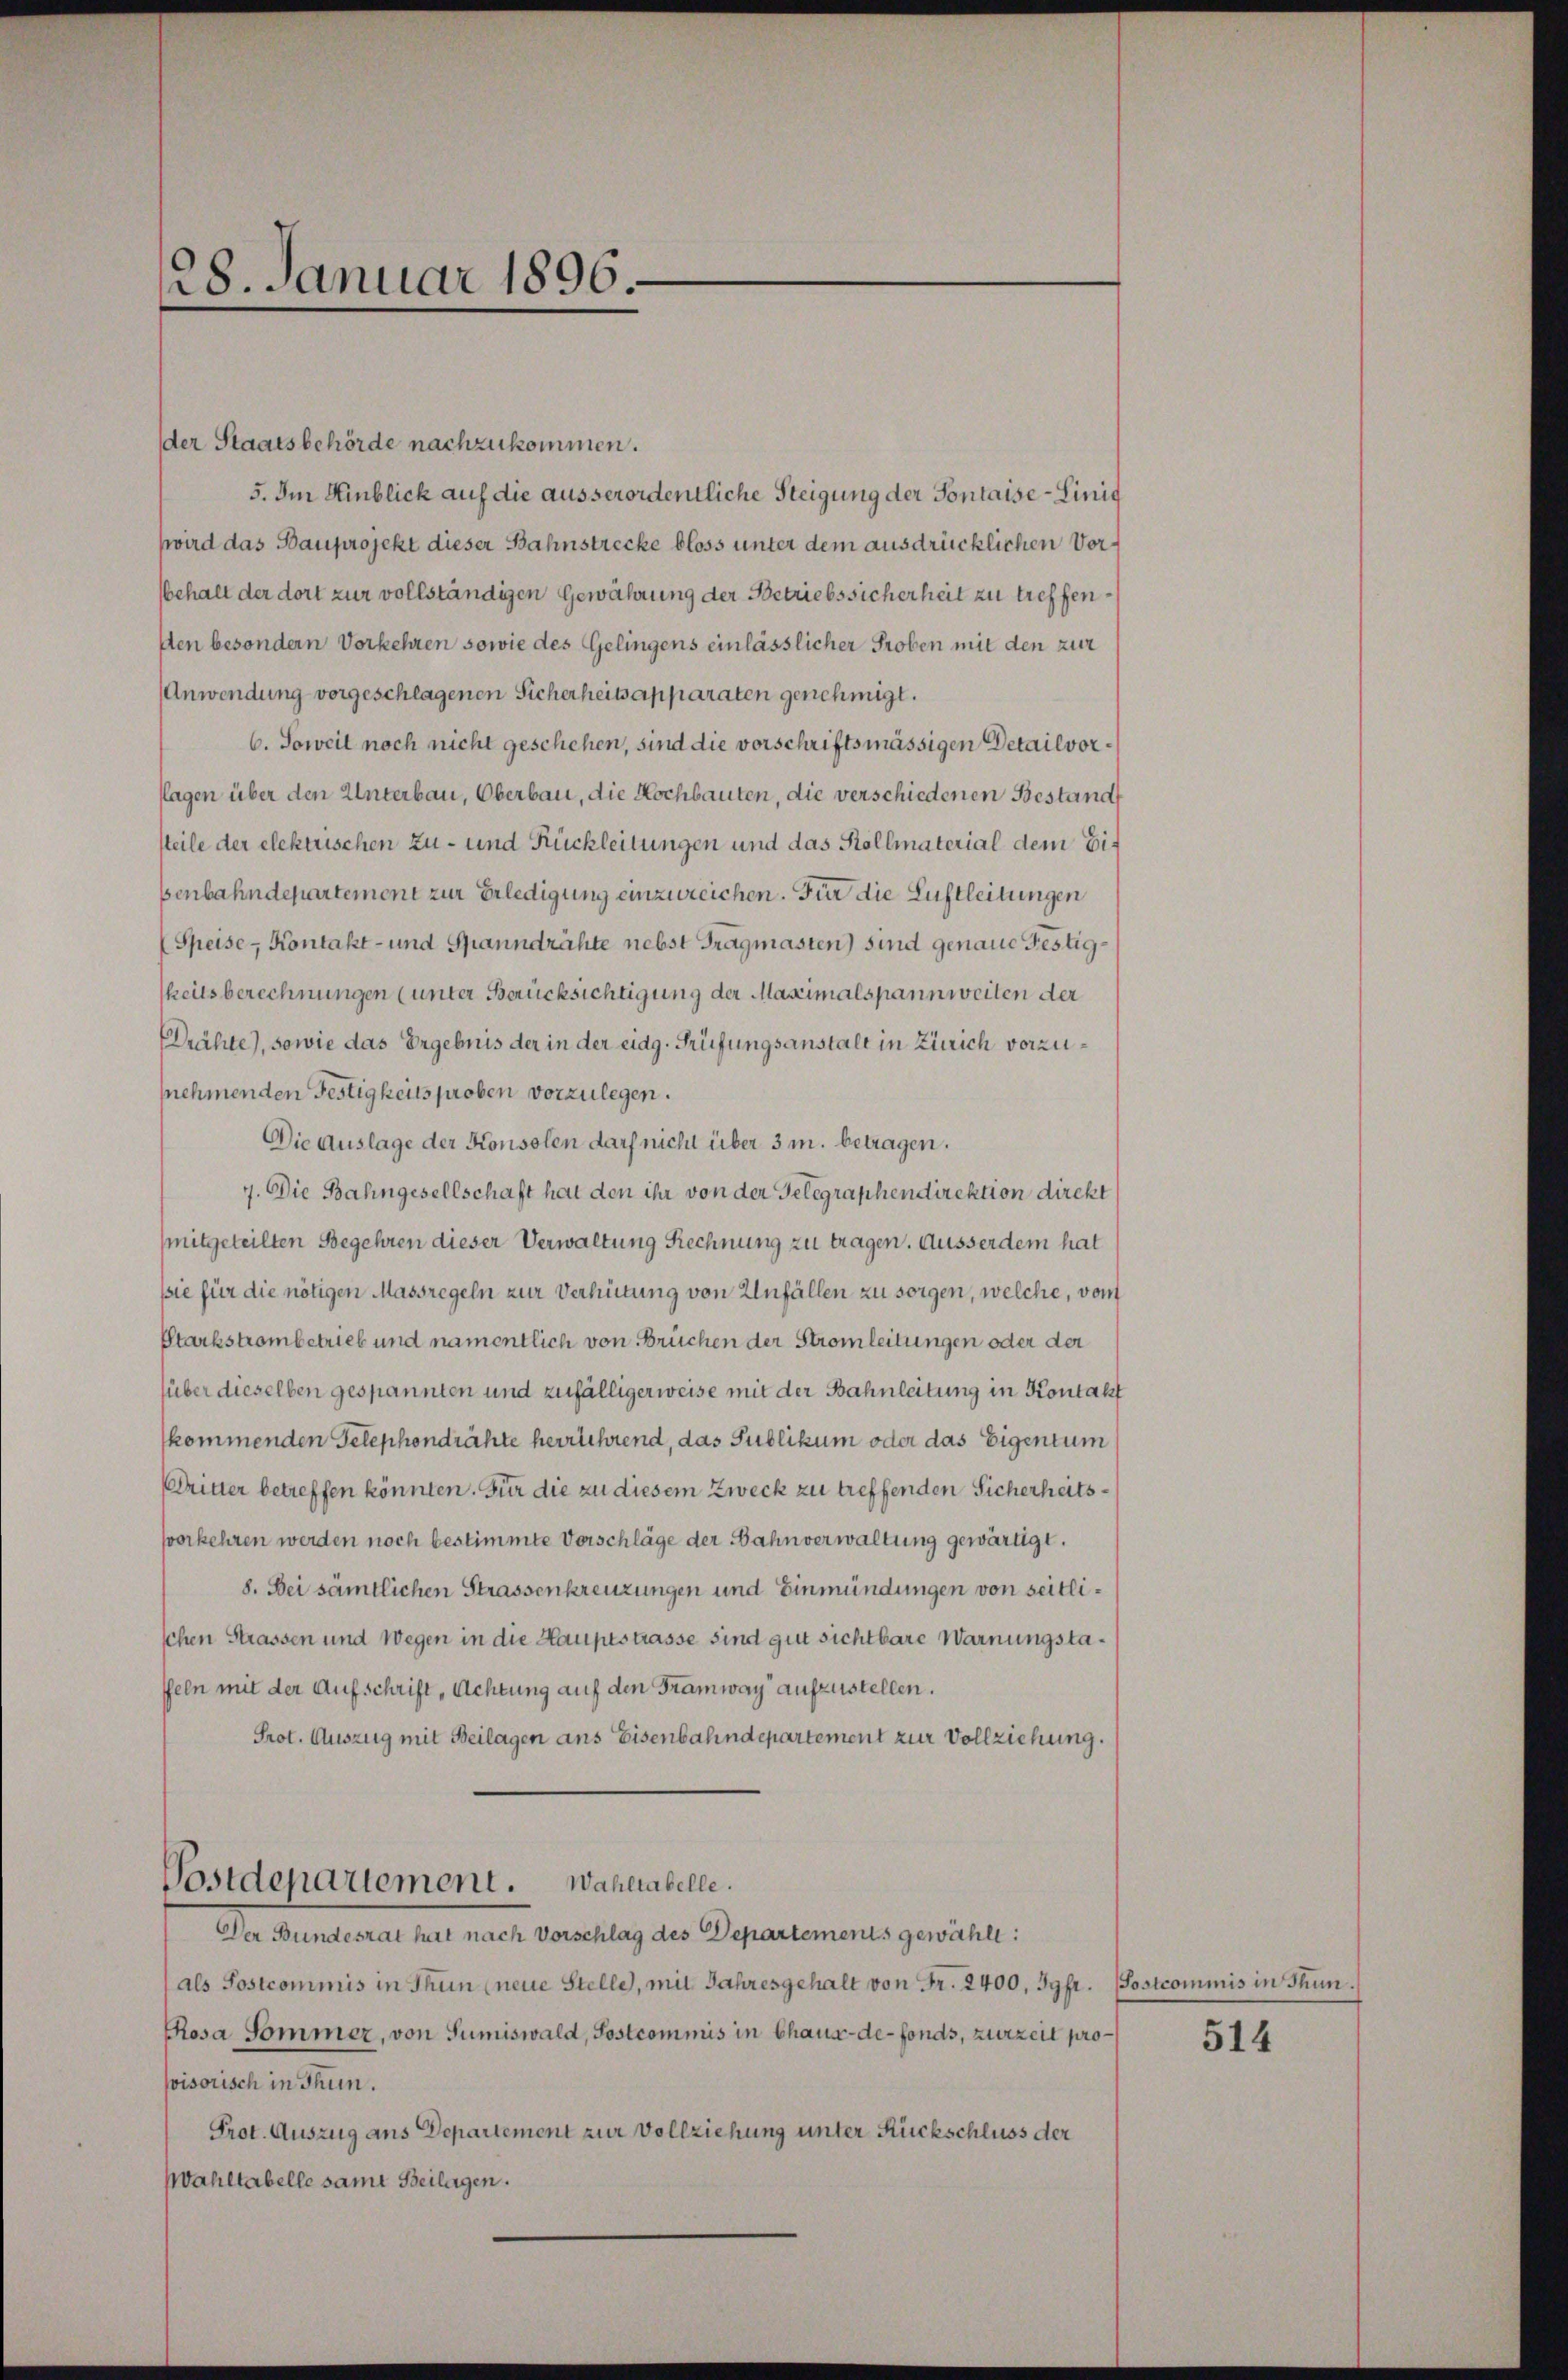
128. Januar 1896.

der Staatsbehörde nachzukommen.
5. Im Hinblick auf die ausserordentliche Steigung der Sontaise-Einig
wird das Bauprojekt dieser Bahnstrecke bloss unter dem ausdrücklichen Vorbehalt der dort zur vollständigen Gewährung der Betriebssicherheit zu treffendten besondern Vorkehren sowie des Gelingens einlässlicher Proben mit den zur
Anwendung vorgeschlagenen Sicherheits apparaten genehmigt.
6. Soweit noch nicht geschehen, sind die vorschriftsmässigen Detailvorflagen über den Unterbau, Oberbau, die Kochbauten, die verschiedenen Bestand
steile der elektrischen Zu- und Rückleitungen und das Kollmaterial dem Eibenbahndepartement zur Erledigung einzureichen. Für die Luftleitungen
(Speise- Kontakt- und Spanndrähte nebst Tragmasten) sind genaue Festigheitsberechnungen (unter Berücksichtigung der Maximalspannweiten der
Prähte), sowie das Ergebnis der in der eidg. Prüfungsanstalt in Zürich vorzunehmenden Festigkeits proben vorzulegen.
Die Auslage der Konsolen darf nicht über 3 m. betragen.
7. Die Bahngesellschaft hat den ihr von der Gelegraphendirektion direkt
mitgeteilten Begehren dieser Verwaltung Rechnung zu tragen. Ausserdem hat
sie für die nötigen Massregeln zur Verhütung von Unfällen zu sorgen, welche, vom
Starkstrombetrieb und namentlich von Brüchen der Stromleitungen oder der
über dieselben gespannten und zufälligerweise mit der Bahnleitung in Kontakt
kommenden Telephondrähte herrührend, das Publikum oder das Eigentum
ritter betreffen könnten. Für die zu diesem Zweck zu treffenden Sicherheitsvorkehren werden noch bestimmte Vorschläge der Bahnverwaltung gewärtigt.
8. Bei sämtlichen Strassenkreuzungen und Einmündungen von seitlischen Strassen und Wegen in die Hauptstrasse sind gut sichtbare Warnungstaffeln mit der Aufschrift „Achtung auf den Tramway aufzustellen.
Prot. Auszug mit Beilagen ans Eisenbahndepartement zur Vollziehung.

Postdepartement. Wahlabelle.

Der Bundesrat hat nach Vorschlag des Departements gewählt:
(als Postcommis in Thun (neue Stelle, mit Jahresgehalt von Fr. 2400, Jgfr. (Sostcommis in Thun.
Rosa Sommer, von Sumiswald, Sostcommis in Chaux-de-Fonds, zurzeit prosvisorisch in Thun.
Prot. Auszug aus Departement zur Vollziehung unter Rückschluss der
Wahltabelle samt Beilagen.

514